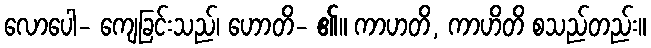
လောပေါ- ကျေခြင်းသည်၊ ဟောတိ- ၏။ ကာဟတိ, ကာဟိတိ စသည်တည်း။